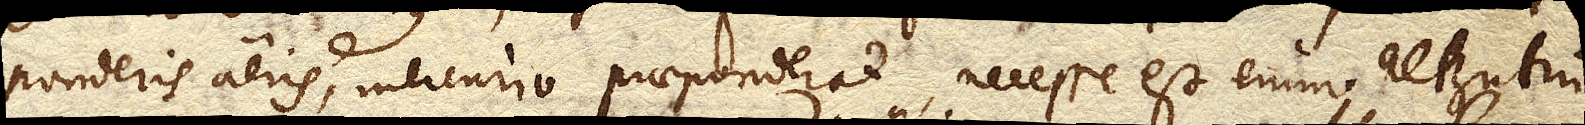
ponderis aeris, Mercurio praeponderat, necesse est enim alterutrum